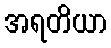
အရတိယာ